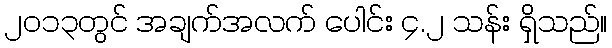
၂၀၁၃တွင် အချက်အလက် ပေါင်း ၄.၂ သန်း ရှိသည်။